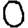
Digit: 0